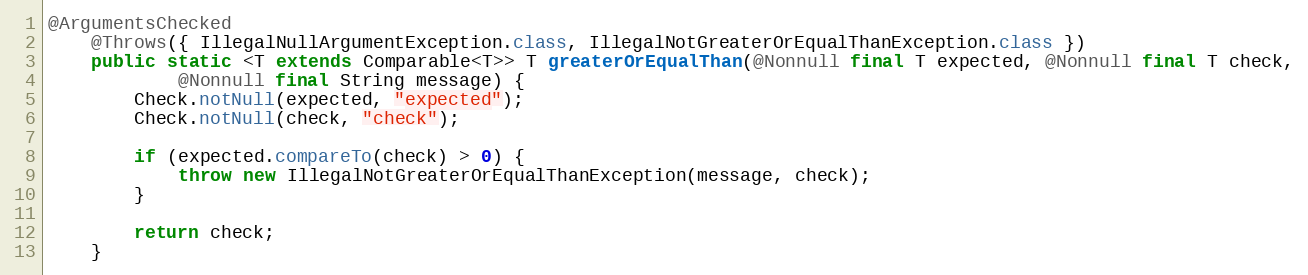
Language: Java
@ArgumentsChecked
	@Throws({ IllegalNullArgumentException.class, IllegalNotGreaterOrEqualThanException.class })
	public static <T extends Comparable<T>> T greaterOrEqualThan(@Nonnull final T expected, @Nonnull final T check,
			@Nonnull final String message) {
		Check.notNull(expected, "expected");
		Check.notNull(check, "check");

		if (expected.compareTo(check) > 0) {
			throw new IllegalNotGreaterOrEqualThanException(message, check);
		}

		return check;
	}